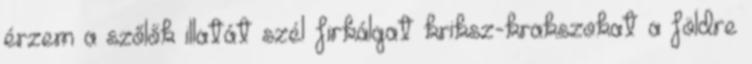
érzem a szőlők illatát szél firkálgat kriksz-krakszokat a földre